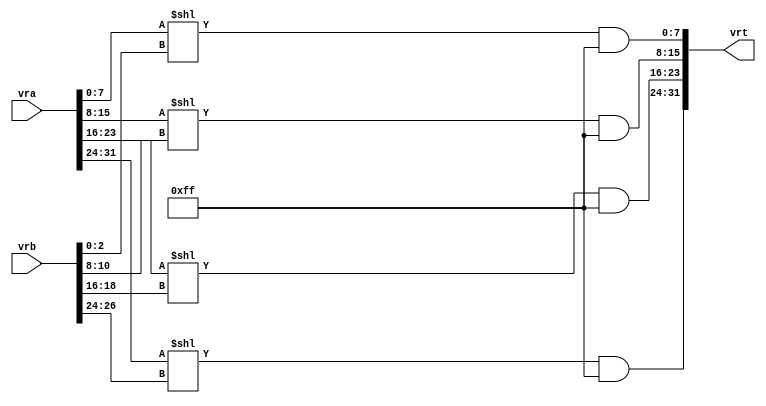
module vsfx_vslb(
    vrt,
    vra,
    vrb
);

output  [31 : 0]    vrt;
input   [31 : 0]    vra;
input   [31 : 0]    vrb;

wire    [31 : 0]    vrt;
wire    [3 : 0]     sh0;
wire	 [3 : 0]     sh1;
wire	 [3 : 0]     sh2;
wire	 [3 : 0]     sh3;

assign {sh0, sh1, sh2, sh3} =  {1'b0, vrb[2:0], 1'b0, vrb[10:8], 1'b0, vrb[18:16], 1'b0, vrb[26:24]};

assign vrt[31:0] = {(vra[31:24]<<sh3)&8'hff,(vra[23:16]<<sh2)&8'hff,(vra[15:8]<<sh1)&8'hff,(vra[7:0]<<sh0)&8'hff};

endmodule